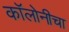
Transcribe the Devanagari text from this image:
कॉलोनीचा